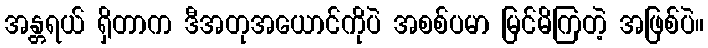
အန္တရယ် ရှိတာက ဒီအတုအယောင်ကိုပဲ အစစ်ပမာ မြင်မိကြတဲ့ အဖြစ်ပဲ။